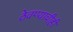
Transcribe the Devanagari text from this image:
ठेवण्याचीही